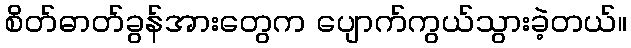
စိတ်ဓာတ်ခွန်အားတွေက ပျောက်ကွယ်သွားခဲ့တယ်။